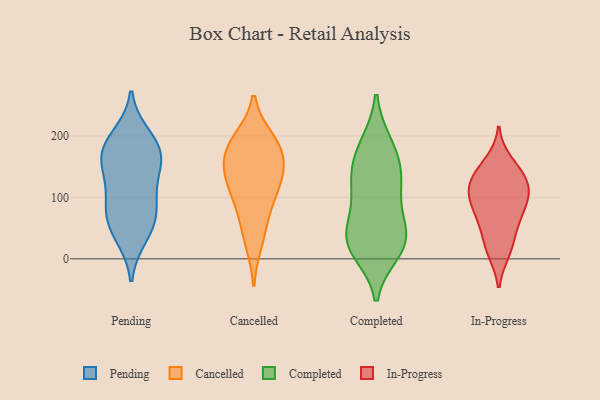
{"axis": {"x": "Satisfaction Score", "y": "Value"}, "legend": ["Cancelled", "Completed", "In-Progress", "Pending"], "data": [{"x": "", "y": 137, "type": "Pending"}, {"x": "", "y": 198, "type": "Pending"}, {"x": "", "y": 64, "type": "Pending"}, {"x": "", "y": 150, "type": "Pending"}, {"x": "", "y": 175, "type": "Pending"}, {"x": "", "y": 56, "type": "Pending"}, {"x": "", "y": 174, "type": "Pending"}, {"x": "", "y": 38, "type": "Pending"}, {"x": "", "y": 97, "type": "Pending"}, {"x": "", "y": 88, "type": "Pending"}, {"x": "", "y": 177, "type": "Pending"}, {"x": "", "y": 132, "type": "Cancelled"}, {"x": "", "y": 60, "type": "Cancelled"}, {"x": "", "y": 92, "type": "Cancelled"}, {"x": "", "y": 174, "type": "Cancelled"}, {"x": "", "y": 27, "type": "Cancelled"}, {"x": "", "y": 192, "type": "Cancelled"}, {"x": "", "y": 126, "type": "Cancelled"}, {"x": "", "y": 169, "type": "Cancelled"}, {"x": "", "y": 156, "type": "Cancelled"}, {"x": "", "y": 117, "type": "Cancelled"}, {"x": "", "y": 194, "type": "Cancelled"}, {"x": "", "y": 49, "type": "Completed"}, {"x": "", "y": 145, "type": "Completed"}, {"x": "", "y": 113, "type": "Completed"}, {"x": "", "y": 33, "type": "Completed"}, {"x": "", "y": 147, "type": "Completed"}, {"x": "", "y": 186, "type": "Completed"}, {"x": "", "y": 123, "type": "Completed"}, {"x": "", "y": 32, "type": "Completed"}, {"x": "", "y": 13, "type": "Completed"}, {"x": "", "y": 30, "type": "Completed"}, {"x": "", "y": 182, "type": "Completed"}, {"x": "", "y": 19, "type": "Completed"}, {"x": "", "y": 85, "type": "Completed"}, {"x": "", "y": 110, "type": "In-Progress"}, {"x": "", "y": 74, "type": "In-Progress"}, {"x": "", "y": 127, "type": "In-Progress"}, {"x": "", "y": 83, "type": "In-Progress"}, {"x": "", "y": 54, "type": "In-Progress"}, {"x": "", "y": 79, "type": "In-Progress"}, {"x": "", "y": 146, "type": "In-Progress"}, {"x": "", "y": 136, "type": "In-Progress"}, {"x": "", "y": 110, "type": "In-Progress"}, {"x": "", "y": 11, "type": "In-Progress"}, {"x": "", "y": 118, "type": "In-Progress"}, {"x": "", "y": 13, "type": "In-Progress"}, {"x": "", "y": 104, "type": "In-Progress"}, {"x": "", "y": 158, "type": "In-Progress"}, {"x": "", "y": 38, "type": "In-Progress"}]}